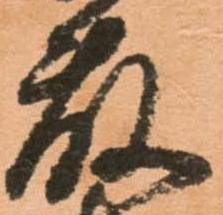
藤